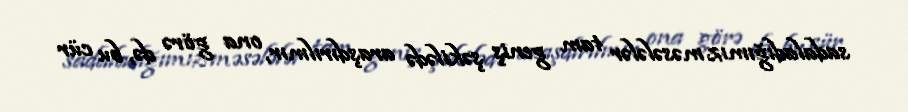
sadaladığımız məsələlər tam geniş şəkilədə araşdırılmır, ona görə də, bu cür